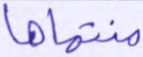
منتهاها